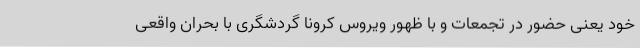
خود یعنی حضور در تجمعات و با ظهور ویروس کرونا گردشگری با بحران واقعی